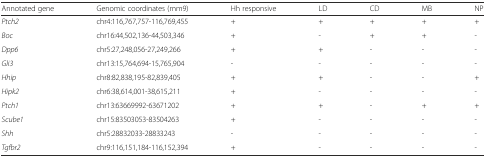
<table><thead><tr><td><b>Annotated gene</b></td><td><b>Genomic coordinates (mm9)</b></td><td><b>Hh responsive</b></td><td><b>LD</b></td><td><b>CD</b></td><td><b>MB</b></td><td><b>NP</b></td></tr></thead><tbody><tr><td><i>Ptch2</i></td><td>chr4:116,767,757-116,769,455</td><td>+</td><td>+</td><td>+</td><td>+</td><td>+</td></tr><tr><td><i>Boc</i></td><td>chr16:44,502,136-44,503,346</td><td>+</td><td>-</td><td>+</td><td>+</td><td>-</td></tr><tr><td><i>Dpp6</i></td><td>chr5:27,248,056-27,249,266</td><td>+</td><td>+</td><td>-</td><td>-</td><td>-</td></tr><tr><td><i>Gli3</i></td><td>chr13:15,764,694-15,765,904</td><td>-</td><td>-</td><td>-</td><td>-</td><td>-</td></tr><tr><td><i>Hhip</i></td><td>chr8:82,838,195-82,839,405</td><td>+</td><td>+</td><td>-</td><td>-</td><td>+</td></tr><tr><td><i>Hipk2</i></td><td>chr6:38,614,001-38,615,211</td><td>+</td><td>-</td><td>-</td><td>-</td><td>-</td></tr><tr><td><i>Ptch1</i></td><td>chr13:63669992-63671202</td><td>+</td><td>+</td><td>-</td><td>+</td><td>+</td></tr><tr><td><i>Scube1</i></td><td>chr15:83503053-83504263</td><td>+</td><td>-</td><td>-</td><td>-</td><td>-</td></tr><tr><td><i>Shh</i></td><td>chr5:28832033-28833243</td><td>-</td><td>-</td><td>-</td><td>-</td><td>-</td></tr><tr><td><i>Tgfbr2</i></td><td>chr9:116,151,184-116,152,394</td><td>+</td><td>-</td><td>-</td><td>-</td><td>-</td></tr></tbody></table>